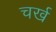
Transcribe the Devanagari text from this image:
चर्ख